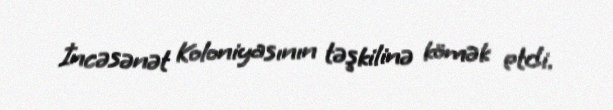
İncəsənət Koloniyasının təşkilinə kömək etdi.